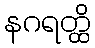
နဂရတ္ထိ